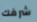
شرفك